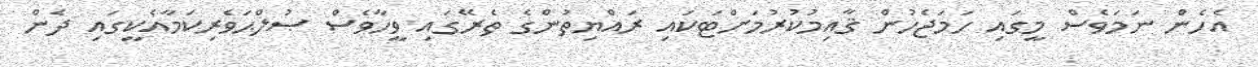
އެހެން ނަމަވެސް މީގައި ހަމަޖެހުން ޤާއިމުކުރުމަށްޓަކައި ރައްޔިތުންގެ ތެރޭގައި ވީހާވެސް ޞުލްޙަވެރިކަމާއެކީގައި ދެން